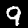
Label: 9